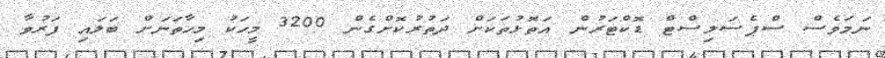
ނަމަވެސް ސްޕެސަލިސްޓް ޑޮކްޓަރުން އަތޮޅުތަކަށް ދަތުރުކޮށްގެން 3200 މީހަކު މިހާތަނަށް ބަލައި ފަރުވާ